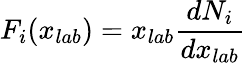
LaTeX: F_{i}(x_{lab})=x_{lab}\frac{dN_{i}}{dx_{lab}}